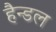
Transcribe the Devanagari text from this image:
हैन्डल